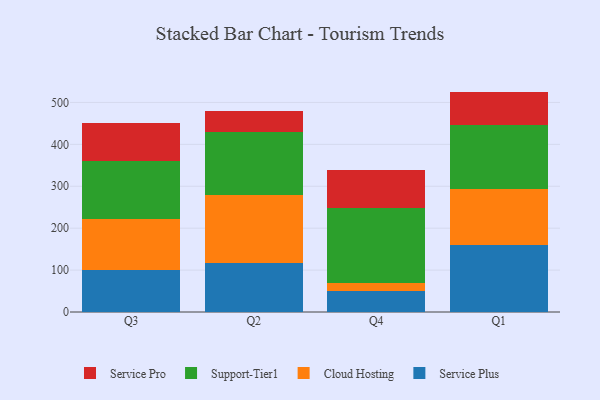
{"axis": {"x": "Quarter", "y": "Active Users"}, "legend": ["Cloud Hosting", "Service Plus", "Service Pro", "Support-Tier1"], "data": [{"x": "Q3", "y": 100.7, "type": "Service Plus"}, {"x": "Q3", "y": 121.1, "type": "Cloud Hosting"}, {"x": "Q3", "y": 138.2, "type": "Support-Tier1"}, {"x": "Q3", "y": 90.5, "type": "Service Pro"}, {"x": "Q2", "y": 116.9, "type": "Service Plus"}, {"x": "Q2", "y": 161.3, "type": "Cloud Hosting"}, {"x": "Q2", "y": 151.8, "type": "Support-Tier1"}, {"x": "Q2", "y": 50.6, "type": "Service Pro"}, {"x": "Q4", "y": 49.8, "type": "Service Plus"}, {"x": "Q4", "y": 18.9, "type": "Cloud Hosting"}, {"x": "Q4", "y": 179.0, "type": "Support-Tier1"}, {"x": "Q4", "y": 91.9, "type": "Service Pro"}, {"x": "Q1", "y": 160.3, "type": "Service Plus"}, {"x": "Q1", "y": 133.5, "type": "Cloud Hosting"}, {"x": "Q1", "y": 152.6, "type": "Support-Tier1"}, {"x": "Q1", "y": 79.5, "type": "Service Pro"}]}